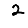
Digit: 2